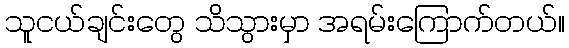
သူငယ်ချင်းတွေ သိသွားမှာ အရမ်းကြောက်တယ်။